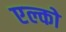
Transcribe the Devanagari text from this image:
एल्को